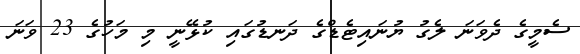
ސެމީގެ ދެވަނަ ލެގު ޔުނައިޓެޑްގެ ދަނޑުގައި ކުޅޭނީ މި މަހުގެ 23 ވަނަ